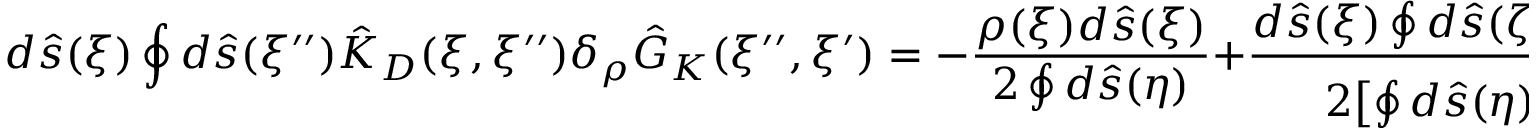
d \hat { s } ( \xi ) \oint { d } \hat { s } ( \xi ^ { \prime \prime } ) { \hat { K } _ { D } } ( \xi , \xi ^ { \prime \prime } ) { \delta _ { \rho } } { \hat { G } _ { K } } ( \xi ^ { \prime \prime } , \xi ^ { \prime } ) = - { \frac { \rho ( \xi ) d \hat { s } ( \xi ) } { 2 \oint { d } \hat { s } ( \eta ) } } + { \frac { d \hat { s } ( \xi ) \oint { d } \hat { s } ( \zeta ) \rho ( \zeta ) } { 2 { { \left[ \oint { d } \hat { s } ( \eta ) \right] } ^ { 2 } } } } .